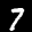
Label: 7